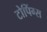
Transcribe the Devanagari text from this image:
टोपिंग्स